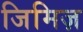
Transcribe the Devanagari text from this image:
जिमिज़